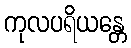
ကုလပရိယန္တေ